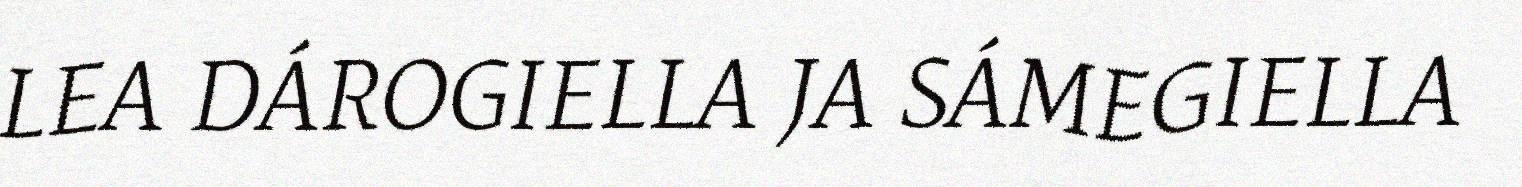
LEA DÁROGIELLA JA SÁMEGIELLA